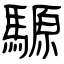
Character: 騵